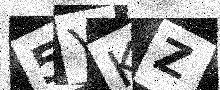
Text: 5YKZ